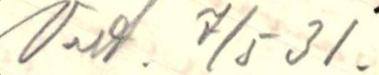
Vast. 7/5 31.